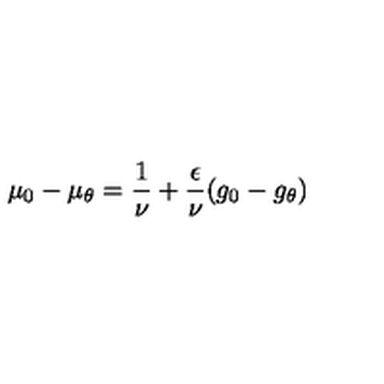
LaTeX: \mu _ { 0 } - \mu _ { \theta } = \frac { 1 } { \nu } + \frac { \epsilon } { \nu } ( g _ { 0 } - g _ { \theta } )